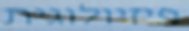
פיזיולוגית